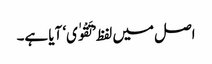
اصل میں لفظ ’تَقْوٰی‘ آیا ہے۔